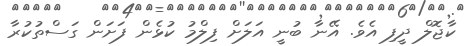
ކާޖޮލް ދީފި އެވެ. އޭނާ ބުނީ އަލަށް ފިލްމު ކުޅެން ފަށަން ގަސްތުކުރާ